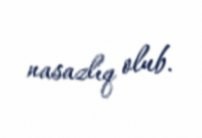
nasazlıq olub.